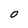
Character: O